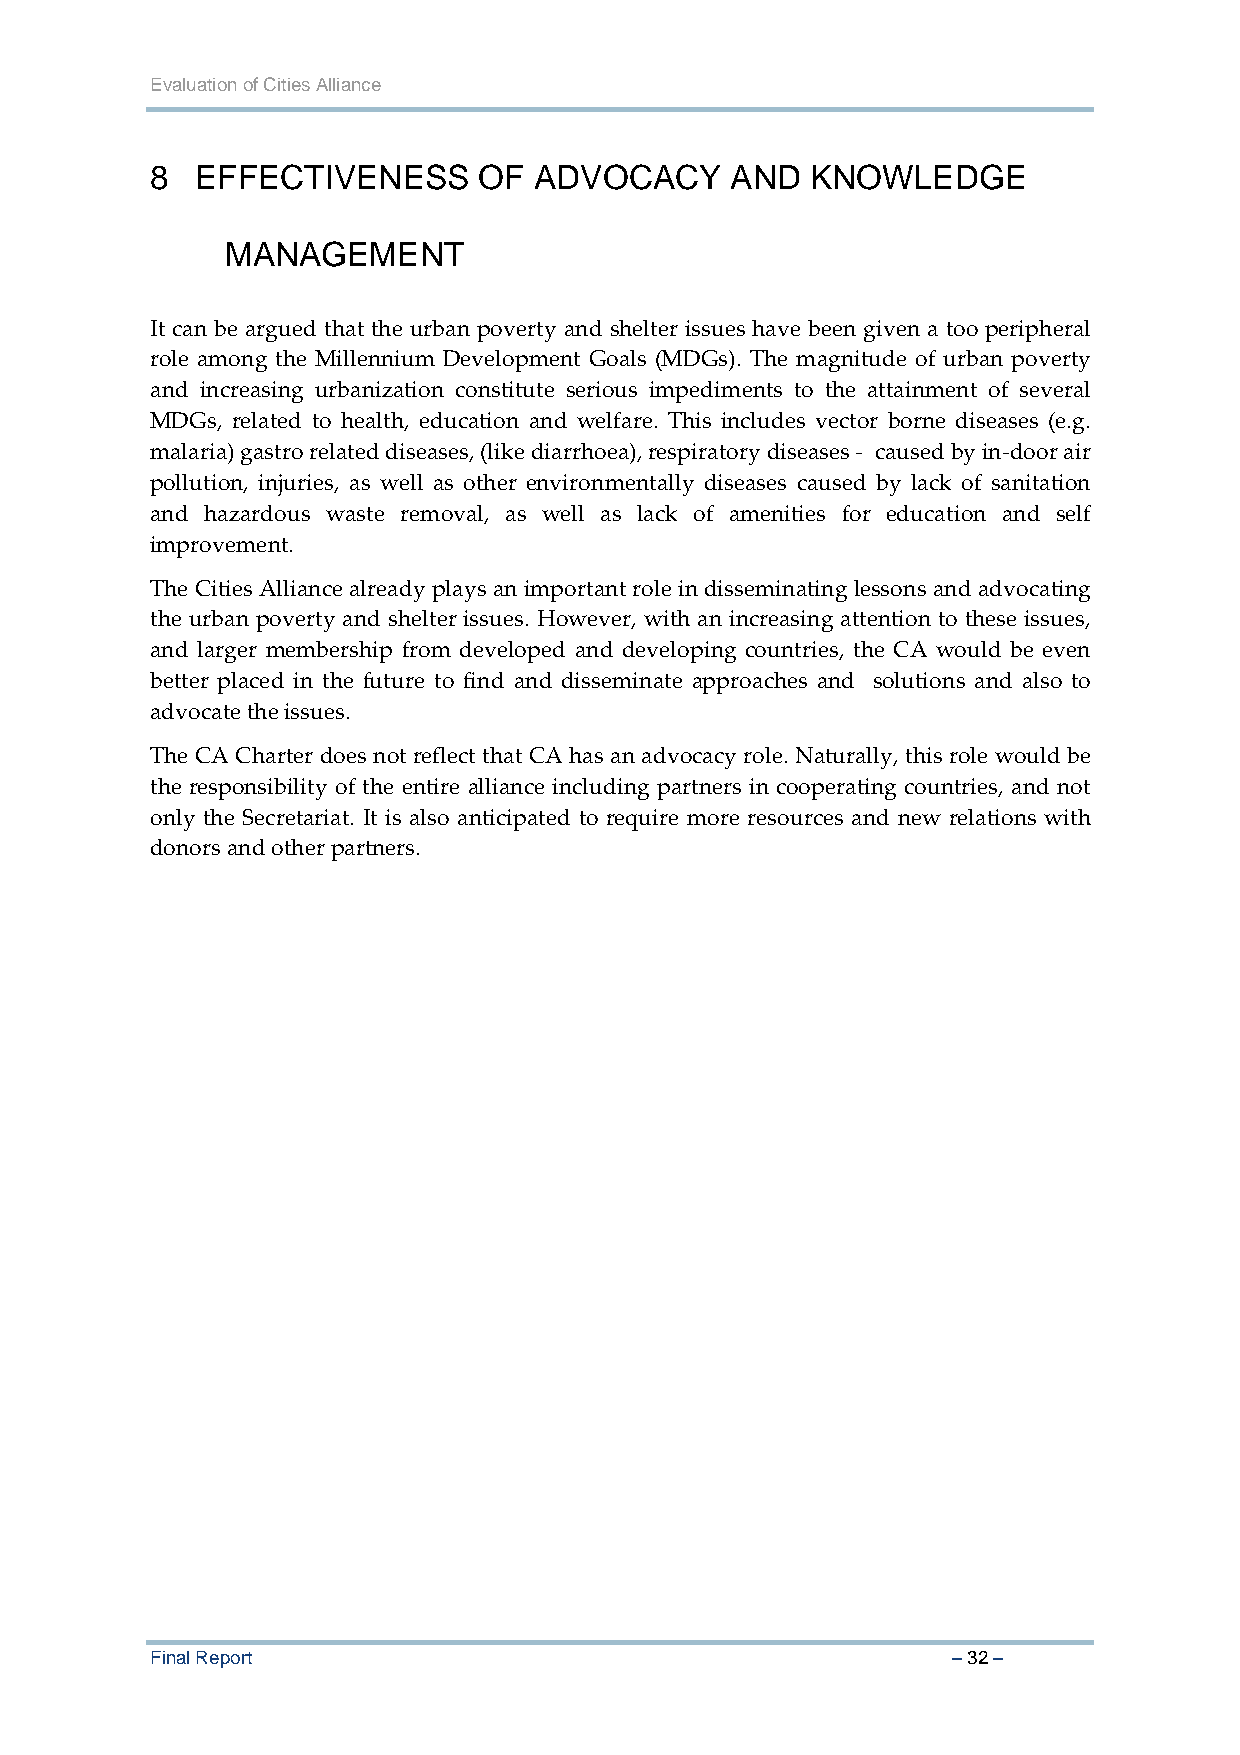
Evaluation of Cities Alliance
 8  EFFECTIVENESS      OF ADVOCACY     AND   KNOWLEDGE
 MANAGEMENT
 It can be argued that the urban poverty and shelter issues have been given a too peripheral
 role among the Millennium Development Goals (MDGs). The magnitude of urban poverty
 and increasing urbanization constitute serious impediments to the attainment of several
 MDGs, related to health, education and welfare. This includes vector borne diseases (e.g.
 malaria) gastro related diseases, (like diarrhoea), respiratory diseases ‐ caused by in‐door air
 pollution, injuries, as well as other environmentally diseases caused by lack of sanitation
 and hazardous waste removal, as well as lack of amenities for education and self
 improvement.
 The Cities Alliance already plays an important role in disseminating lessons and advocating
 the urban poverty and shelter issues. However, with an increasing attention to these issues,
 and larger membership from developed and developing countries, the CA would be even
 better placed in the future to find and disseminate approaches and solutions and also to
 advocate the issues.
 The CA Charter does not reflect that CA has an advocacy role. Naturally, this role would be
 the responsibility of the entire alliance including partners in cooperating countries, and not
 only the Secretariat. It is also anticipated to require more resources and new relations with
 donors and other partners.
 Final Report                                         – 32 –